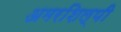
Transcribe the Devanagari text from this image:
अमरशिल्पी